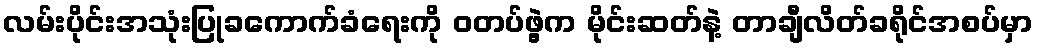
လမ်းပိုင်းအသုံးပြုခကောက်ခံရေးကို ဝတပ်ဖွဲ့က မိုင်းဆတ်နဲ့ တာချီလိတ်ခရိုင်အစပ်မှာ